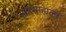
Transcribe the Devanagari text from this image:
आत्याह्यला